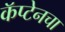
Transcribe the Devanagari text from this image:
कॅप्टेनचा